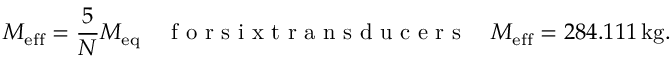
M _ { \mathrm { e f f } } = \frac 5 N M _ { \mathrm { e q } } \quad \mathrm { ~ f ~ o ~ r ~ s ~ i ~ x ~ t ~ r ~ a ~ n ~ s ~ d ~ u ~ c ~ e ~ r ~ s ~ } \quad M _ { \mathrm { e f f } } = 2 8 4 . 1 1 1 \, \mathrm { k g } .